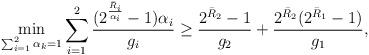
LaTeX: \begin{align*}\min\limits_{\sum_{i=1}^2\alpha_k=1}\sum_{i=1}^2\frac{(2^{\frac{\bar R_i}{\alpha_i}}-1)\alpha_i}{g_i}\ge \frac{2^{\bar R_2}-1}{g_2}+\frac{2^{\bar R_2}(2^{\bar R_1}-1)}{g_1},\end{align*}